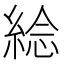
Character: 𦁇